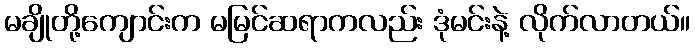
မချိုတို့ကျောင်းက မမြင်ဆရာကလည်း ဒုံမင်းနဲ့ လိုက်လာတယ်။